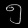
Digit: ၅